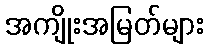
အကျိုးအမြတ်များ